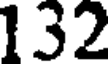
132